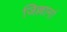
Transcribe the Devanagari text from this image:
जिल्लामां